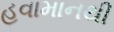
હવામાનથી